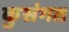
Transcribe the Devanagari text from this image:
कुसंगत